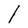
Character: l